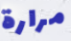
مرارة